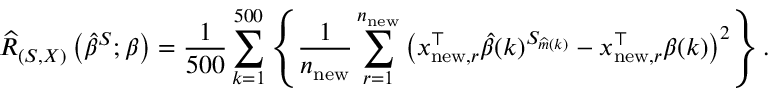
\widehat { R } _ { ( S , X ) } \left( \widehat { \beta } ^ { S } ; \beta \right) = \frac { 1 } { 5 0 0 } \sum _ { k = 1 } ^ { 5 0 0 } \left\{ \frac { 1 } { n _ { \mathrm { n e w } } } \sum _ { r = 1 } ^ { n _ { \mathrm { n e w } } } \left( x _ { \mathrm { n e w } , r } ^ { \top } \widehat { \beta } ( k ) ^ { S _ { \widehat m ( k ) } } - x _ { \mathrm { n e w } , r } ^ { \top } \beta ( k ) \right) ^ { 2 } \right\} .